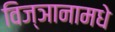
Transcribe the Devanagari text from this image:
विज्ञानामधे